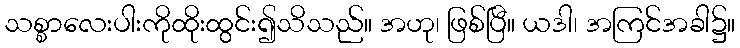
သစ္စာလေးပါးကိုထိုးထွင်း၍သိသည်။ အဟု၊ ဖြစ်ပြီ။ ယဒါ၊ အကြင်အခါ၌။